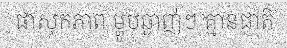
ផាសុកភាព ម្ហូបឆ្ងាញ់ៗ គ្មានជាតិ